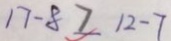
1 7 - 8 > 1 2 - 7